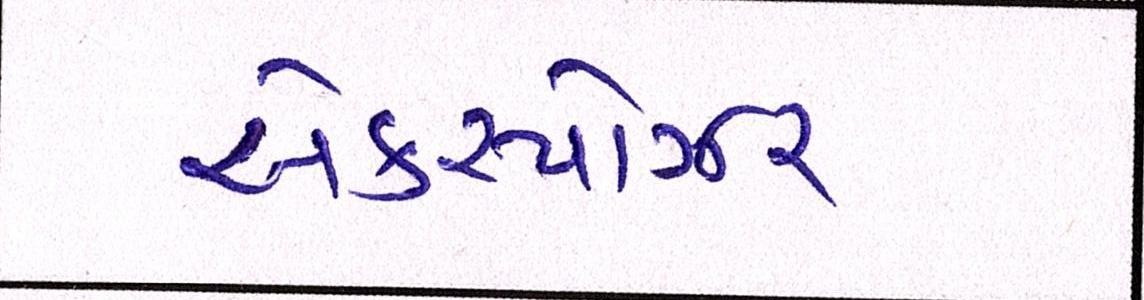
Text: એક્સ્પોઝર